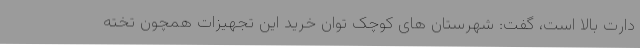
دارت بالا است، گفت: شهرستان های کوچک توان خرید این تجهیزات همچون تخته